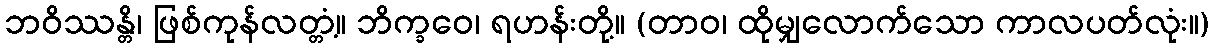
ဘဝိဿန္တိ၊ ဖြစ်ကုန်လတ္တံ့။ ဘိက္ခဝေ၊ ရဟန်းတို့။ (တာဝ၊ ထိုမျှလောက်သော ကာလပတ်လုံး။)